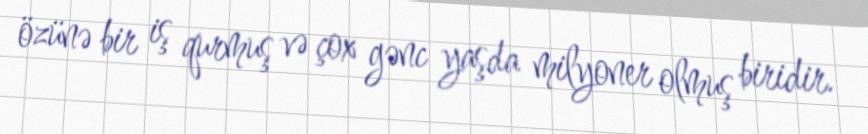
özünə bir iş qurmuş və çox gənc yaşda milyoner olmuş biridir.